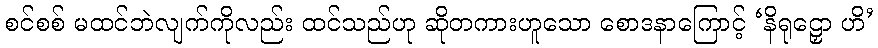
စင်စစ် မထင်ဘဲလျက်ကိုလည်း ထင်သည်ဟု ဆိုတကားဟူသော စောဒနာကြောင့် ‘နိရုဠှော ဟိ’